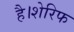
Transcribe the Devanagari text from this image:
है।शेरिफ